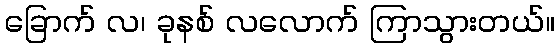
ခြောက် လ၊ ခုနစ် လလောက် ကြာသွားတယ်။